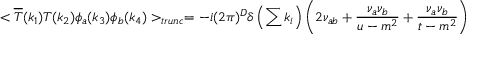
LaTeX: < \overline { { { T } } } ( k _ { 1 } ) T ( k _ { 2 } ) \phi _ { a } ( k _ { 3 } ) \phi _ { b } ( k _ { 4 } ) > _ { t r u n c } = - i ( 2 \pi ) ^ { D } \delta \left( \sum k _ { i } \right) \left( 2 \nu _ { a b } + \frac { \nu _ { a } \nu _ { b } } { u - m ^ { 2 } } + \frac { \nu _ { a } \nu _ { b } } { t - m ^ { 2 } } \right)